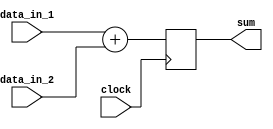
module simple_adder_alu ( 
	input wire [31:0] data_in_1,
	input wire [31:0] data_in_2,
	input wire clock,
	
	output reg [31:0] sum

);
	
	always @ (posedge clock) begin
		sum = data_in_1 + data_in_2;
	end	
	

endmodule